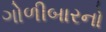
ગોળીબારનો